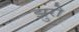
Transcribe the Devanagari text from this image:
झुरो